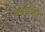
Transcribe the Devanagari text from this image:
क्वालिते